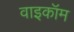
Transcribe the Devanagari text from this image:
वाइकॉम